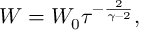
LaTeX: W = W _ { 0 } \tau ^ { - { \frac { 2 } { \gamma - 2 } } } ,